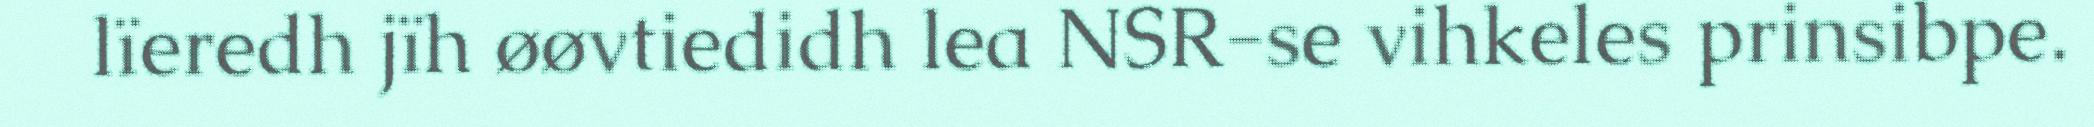
lïeredh jïh øøvtiedidh lea NSR-se vihkeles prinsibpe.